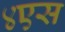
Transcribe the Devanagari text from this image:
४एस